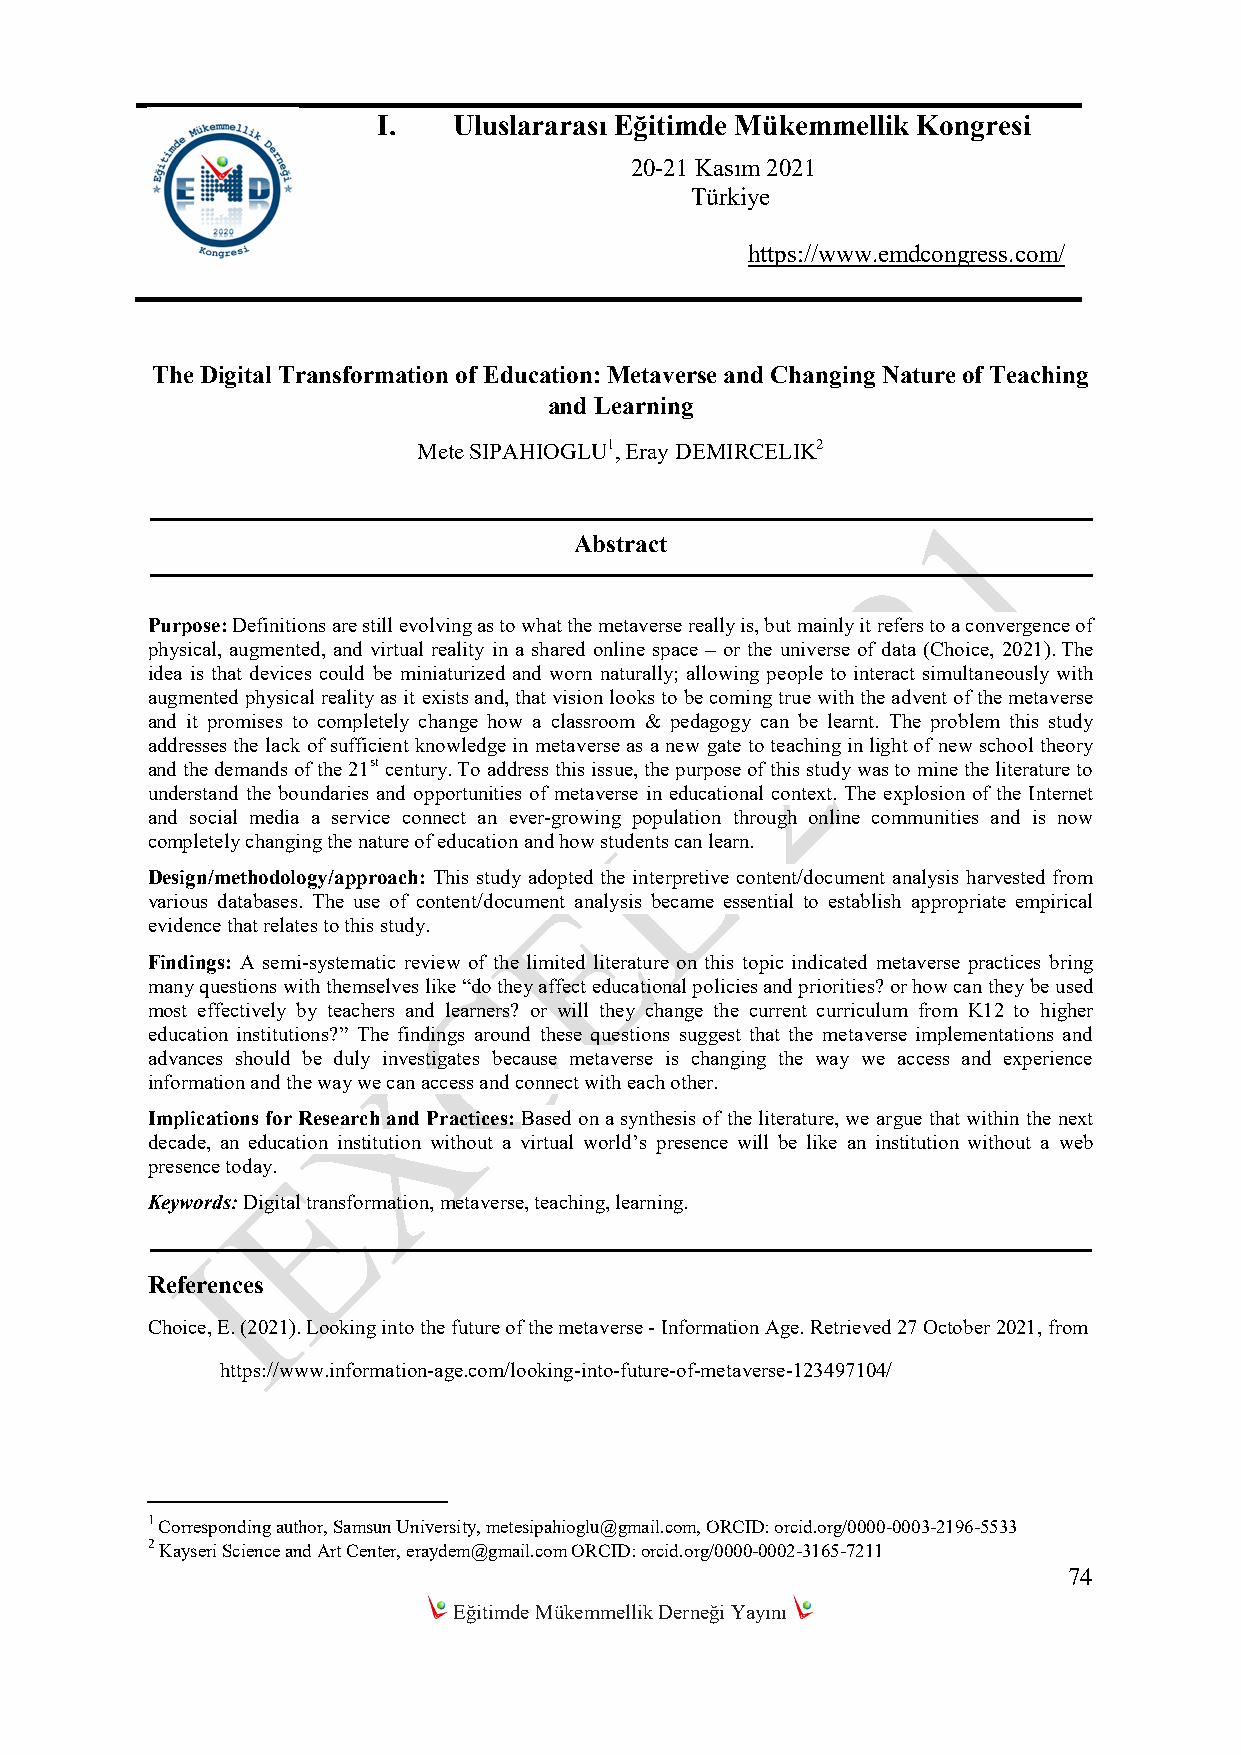
I.   Uluslararası Eğitimde Mükemmellik Kongresi
 20-21 Kasım 2021
 Türkiye
 https://www.emdcongress.com/
 The Digital Transformation of Education: Metaverse and Changing Nature of Teaching
 and Learning
 Mete SIPAHIOGLU1, Eray DEMIRCELIK2
 Abstract
 Purpose: Definitions are still evolving as to what the metaverse really is, but mainly it refers to a convergence of
 physical, augmented, and virtual reality in a shared online space – or the universe of data (Choice, 2021). The
 idea is that devices could be miniaturized and worn naturally; allowing people to interact simultaneously with
 augmented physical reality as it exists and, that vision looks to be coming true with the advent of the metaverse
 and it promises to completely change how a classroom & pedagogy can be learnt. The problem this study
 addresses the lack of sufficient knowledge in metaverse as a new gate to teaching in light of new school theory
 and the demands of the 21st century. To address this issue, the purpose of this study was to mine the literature to
 understand the boundaries and opportunities of metaverse in educational context. The explosion of the Internet
 and social media a service connect an ever-growing population through online communities and is now
 completely changing the nature of education and how students can learn.
 Design/methodology/approach: This study adopted the interpretive content/document analysis harvested from
 various databases. The use of content/document analysis became essential to establish appropriate empirical
 evidence that relates to this study.
 Findings: A semi-systematic review of the limited literature on this topic indicated metaverse practices bring
 many questions with themselves like “do they affect educational policies and priorities? or how can they be used
 most effectively by teachers and learners? or will they change the current curriculum from K12 to higher
 education institutions?” The findings around these questions suggest that the metaverse implementations and
 advances should be duly investigates because metaverse is changing the way we access and experience
 information and the way we can access and connect with each other.
 Implications for Research and Practices: Based on a synthesis of the literature, we argue that within the next
 decade, an education institution without a virtual world’s presence will be like an institution without a web
 presence today.
 Keywords: Digital transformation, metaverse, teaching, learning.
 References
 Choice, E. (2021). Looking into the future of the metaverse - Information Age. Retrieved 27 October 2021, from
 https://www.information-age.com/looking-into-future-of-metaverse-123497104/
 1 Corresponding author, Samsun University, metesipahioglu@gmail.com, ORCID: orcid.org/0000-0003-2196-5533
 2 Kayseri Science and Art Center, eraydem@gmail.com ORCID: orcid.org/0000-0002-3165-7211
 74
 Eğitimde Mükemmellik Derneği Yayını